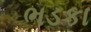
ભડકા